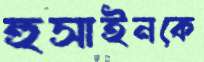
হুসাইনকে